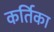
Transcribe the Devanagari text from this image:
कर्तिका